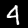
Digit: 4